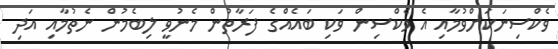
ވެކްސިނަކަށްވުމާއި އެ ވެކްސިން ވަކި ބައެއްގެ ފަރާތުން މެނުވީ ލިބެމުން ނެތުމާާއި އަދި